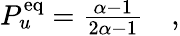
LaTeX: \begin{array}{r}{P_{u}^{\mathrm{eq}}=\frac{\alpha-1}{2\alpha-1}\quad,}\end{array}